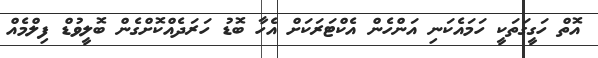
އޮތް ހަގީގަތަކީ ހަމައެކަނި އަންހެން އެކްޓަރަކަށް އެހާ ބޮޑު ހަރަދެއްކޮށްގެން ބޮލީވުޑް ފިލްމެއް